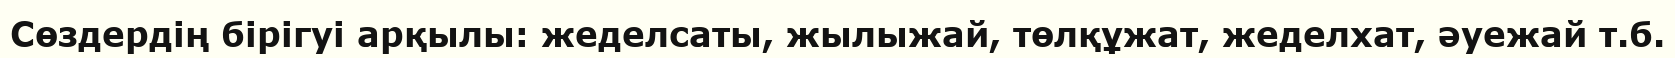
Сөздердің бірігуі арқылы: жеделсаты, жылыжай, төлқұжат, жеделхат, әуежай т.б.